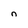
Character: n